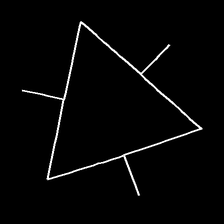
Glyph: fire